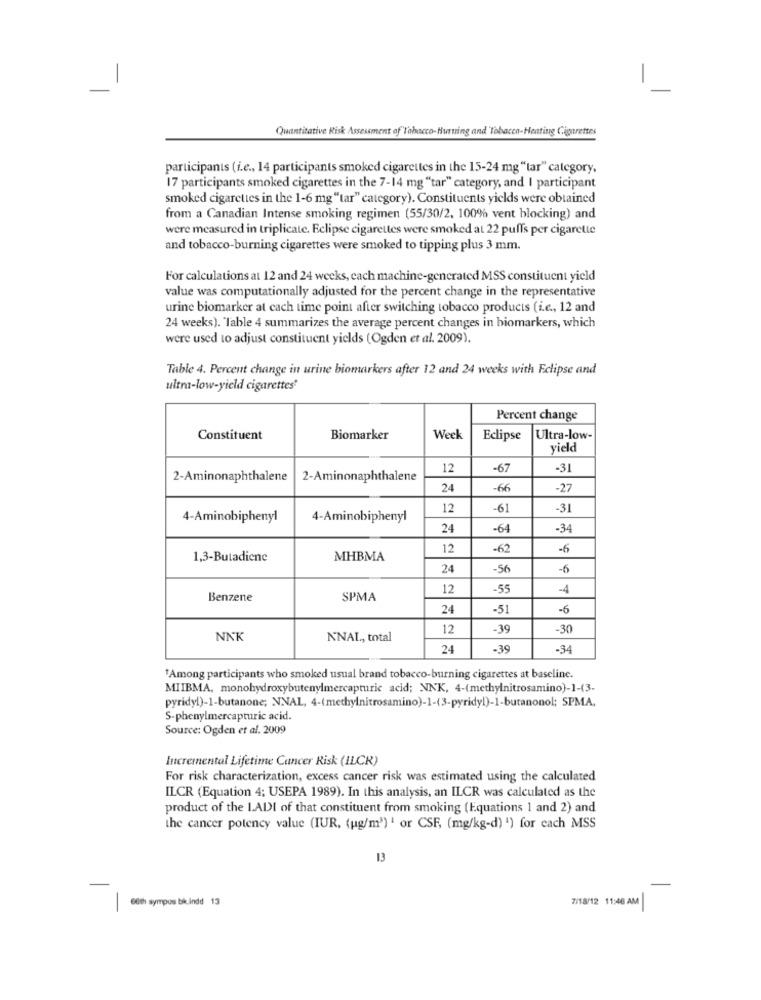
-
Quantitative Risk Assessment of"Tabacco-Hurting and Tobacen-Heating Cigarettes
participants (i.e ., 14 participants smoked cigarettes in the 15-24 mg "tar" category,
17 participants smoked cigarettes in the 7-14 mg "tar" category, and I participant
smoked cigarettes in the 1-6 mg "tar" category). Constituents yields were obtained
from a Canadian Intense smoking regimen (55/30/2, 100% vent blocking) and
were measured in triplicate. Eclipse cigarettes were smoked at 22 puffs per cigarette
and tobacco-burning cigarettes were smoked to tipping plus 3 mm.
For calculations at 12 and 24 weeks, cach machine-generated MSS constituent yield
value was computationally adjusted for the percent change in the representative
urine biomarker at cach time point after switching tobacco products (i.e ., 12 and
24 weeks). Table 4 summarizes the average percent changes in biomarkers, which
were used to adjust constituent yields (Ogden et al. 2009).
Table 4. Percent change in urine biomarkers after 12 and 24 weeks with Eclipse and
ultra-low-yield cigarettes'
Percent change
Constituent
Biomarker
Week
Eclipse
Ultra-low-
yield
12
-67
-31
2-Aminonaphthalene
2-Aminonaphthalene
24
-66
-27
12
-61
-31
4-Aminobiphenyl
4-Aminobiphenyl
24
-64
-34
12
-62
-6
1,3-Butadiene
MHBMA
24
-56
-6
12
-55
4
Benzene
SPMA
24
-51
-6
12
-39
-30
NNK
N'NAL, total
24
-39
-34
*Among participants who smoked usual brand tobacco-burning cigarettes at baseline.
MIIBMA, monohydroxybutenylmercapturic acid; NNK, 4-(methylnitrosamino)-1-(3-
pyridyl)-1-butanone; NNAL, 4-(methylnitrosamino)-1-(3-pyridyl)-1-butanonol; SPMA,
S-phenylmercapturic acid.
Source: Ogden et al. 2009
Incremental Lifetime Cancer Risk (ILCR)
For risk characterization, excess cancer risk was estimated using the calculated
ILCR (Equation 4; USEPA 1989). In this analysis, an ILCR was calculated as the
product of the LADI of that constituent from smoking (Equations 1 and 2) and
the cancer potency value (IUR, (ug/m3) ' or CSF, (mg/kg-d) ") for each MSS
13
6th sympos bik.indd 13
7/18/12 11:46 AM